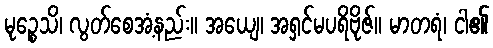
မုဉ္စေသိ၊ လွတ်စေအံ့နည်း။ အယျေ၊ အရှင်မပရိဗိုဇ်။ မာတရံ၊ ငါ၏